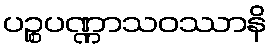
ပဉ္စပဏ္ဏာသဝဿာနိ